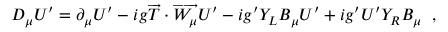
D _ { \mu } U ^ { \prime } = \partial _ { \mu } U ^ { \prime } - i g \overrightarrow { T } \cdot \overrightarrow { W _ { \mu } } U ^ { \prime } - i g ^ { \prime } Y _ { L } B _ { \mu } U ^ { \prime } + i g ^ { \prime } U ^ { \prime } Y _ { R } B _ { \mu } \; \; ,